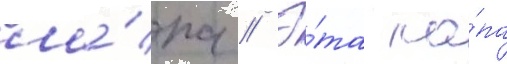
ла́па // Э́та ла́па